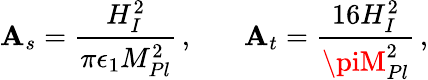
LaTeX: \mathbf{A}_{s}={\frac{{H_{I}^{2}}}{{\pi\epsilon_{1}M_{Pl}^{2}}}}\, ,\ \ \ \ \ \ \ \mathbf{A}_{t}={\frac{{16H_{I}^{2}}}{{\piM_{Pl}^{2}}}}\, ,